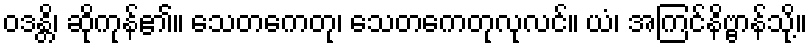
ဝဒန္တိ၊ ဆိုကုန်၏။ သေတကေတု၊ သေတကေတုလုလင်။ ယံ၊ အကြင်နိဗ္ဗာန်သို့။